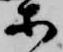
等